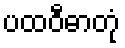
ပထဝီဓာတုံ